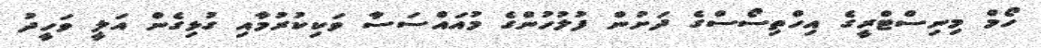
ހޯމް މިނިސްޓްރީގެ އިހްތިސޯސްގެ ދަށުން ފުލުހުންގެ މުއައްސަސާ ވަކިކުރުމާއި ގުޅިގެން އަލީ ވަހީދު